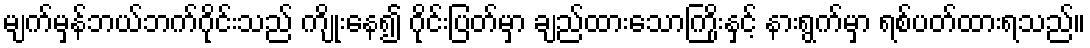
မျက်မှန်ဘယ်ဘက်ဂိုင်းသည် ကျိုးနေ၍ ဂိုင်းပြတ်မှာ ချည်ထားသောကြိုးနှင့် နားရွက်မှာ ရစ်ပတ်ထားရသည်။